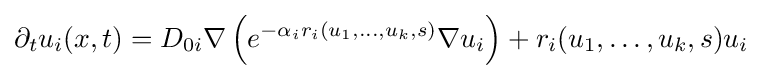
\partial _{t}u_{i}(x,t)=D_{0i}\nabla \left(e^{-\alpha _{i}r_{i}(u_{1},\ldots ,u_{k},s)}\nabla u_{i}\right)+r_{i}(u_{1},\ldots ,u_{k},s)u_{i}